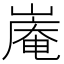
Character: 𪩑